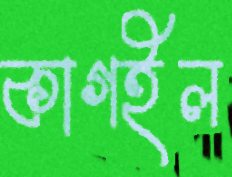
কাগইল